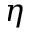
\eta